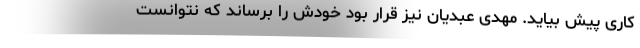
کاری پیش بیاید. مهدی عبدیان نیز قرار بود خودش را برساند که نتوانست